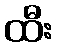
ထီး